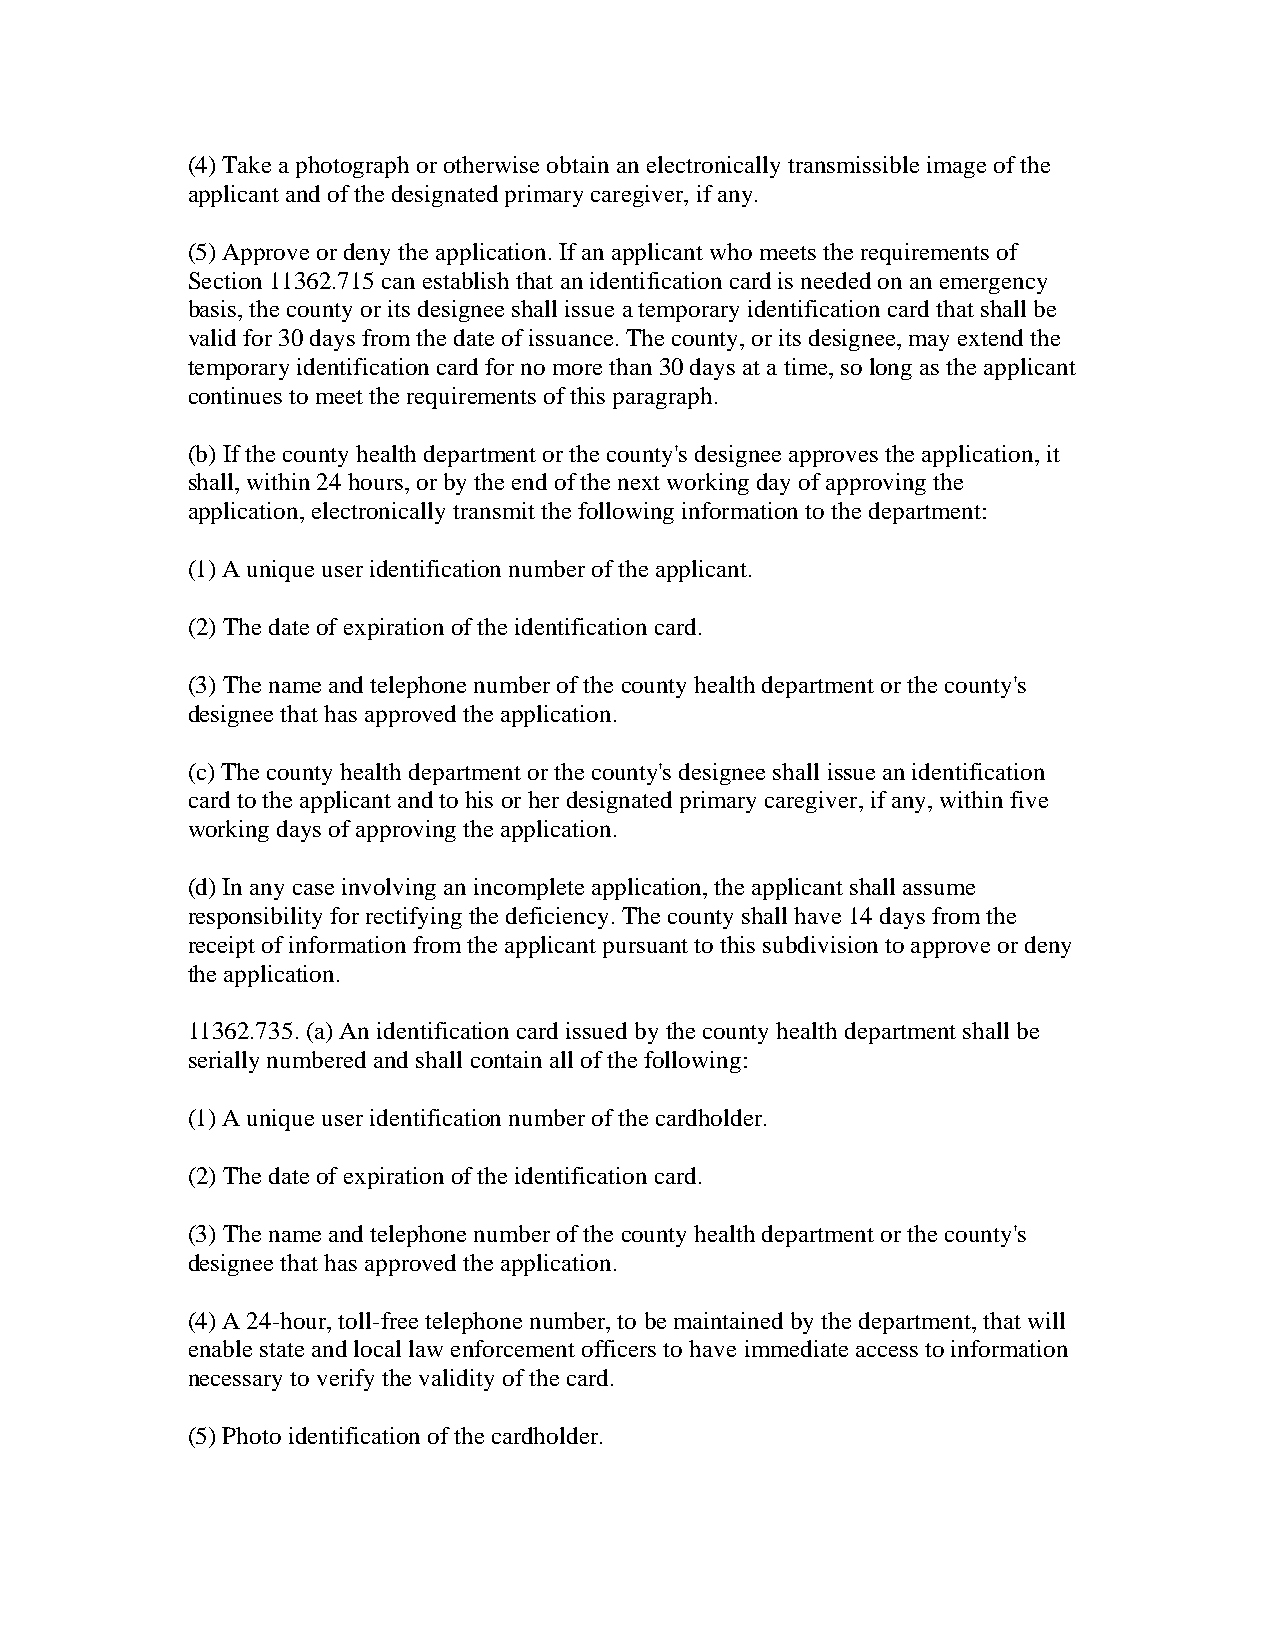
(4) Take a photograph or otherwise obtain an electronically transmissible image of the
 applicant and of the designated primary caregiver, if any.
 (5) Approve or deny the application. If an applicant who meets the requirements of
 Section 11362.715 can establish that an identification card is needed on an emergency
 basis, the county or its designee shall issue a temporary identification card that shall be
 valid for 30 days from the date of issuance. The county, or its designee, may extend the
 temporary identification card for no more than 30 days at a time, so long as the applicant
 continues to meet the requirements of this paragraph.
 (b) If the county health department or the county's designee approves the application, it
 shall, within 24 hours, or by the end of the next working day of approving the
 application, electronically transmit the following information to the department:
 (1) A unique user identification number of the applicant.
 (2) The date of expiration of the identification card.
 (3) The name and telephone number of the county health department or the county's
 designee that has approved the application.
 (c) The county health department or the county's designee shall issue an identification
 card to the applicant and to his or her designated primary caregiver, if any, within five
 working days of approving the application.
 (d) In any case involving an incomplete application, the applicant shall assume
 responsibility for rectifying the deficiency. The county shall have 14 days from the
 receipt of information from the applicant pursuant to this subdivision to approve or deny
 the application.
 11362.735. (a) An identification card issued by the county health department shall be
 serially numbered and shall contain all of the following:
 (1) A unique user identification number of the cardholder.
 (2) The date of expiration of the identification card.
 (3) The name and telephone number of the county health department or the county's
 designee that has approved the application.
 (4) A 24-hour, toll-free telephone number, to be maintained by the department, that will
 enable state and local law enforcement officers to have immediate access to information
 necessary to verify the validity of the card.
 (5) Photo identification of the cardholder.